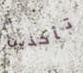
تأخذين